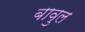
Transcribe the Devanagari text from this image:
बावुल